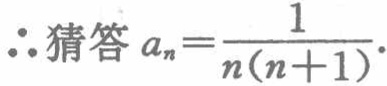
\(\therefore 猜答\ a_{n}=\frac{1}{n(n + 1)}.\)